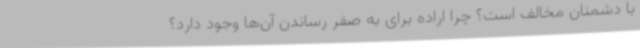
با دشمنان مخالف است؟ چرا اراده برای به صفر رساندن آن‌ها وجود دارد؟